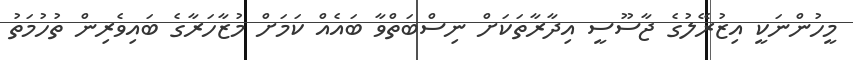
މީހުންނަކީ އިޒުރޭލުގެ ޖާސޫސީ އިދާރާތަކަށް ނިސްބަތްވާ ބައެއް ކަމަށް މުޒާހަރާގެ ބައިވެރިން ތުހުމަތު